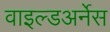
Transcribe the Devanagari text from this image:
वाइल्डअर्नेस